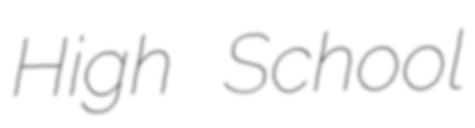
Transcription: High School